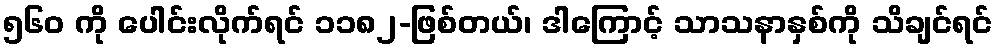
၅၆၀ ကို ပေါင်းလိုက်ရင် ၁၁၈၂-ဖြစ်တယ်၊ ဒါကြောင့် သာသနာနှစ်ကို သိချင်ရင်